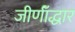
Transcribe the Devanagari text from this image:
जीर्णॉद्धार